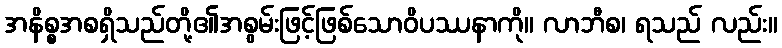
အနိစ္စအစရှိသည်တို့၏အစွမ်းဖြင့်ဖြစ်သောဝိပဿနာကို။ လာဘီစ၊ ရသည် လည်း။